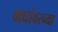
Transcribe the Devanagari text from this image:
वाघांवरच्या